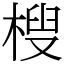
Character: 㮴